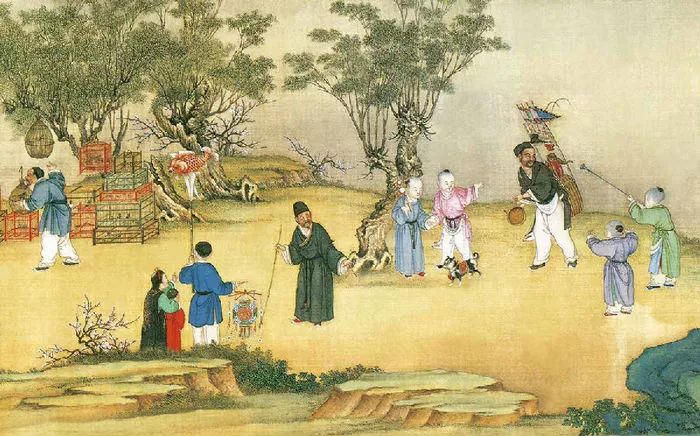
汉寝唐陵无麦饭，山溪野径有梨花。